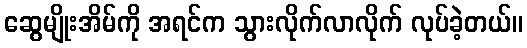
ဆွေမျိုးအိမ်ကို အရင်က သွားလိုက်လာလိုက် လုပ်ခဲ့တယ်။